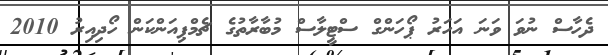
ދެހާސް ނުވަ ވަނަ އަހަރު ޕޯހަންގް ސްޓީލާސް މުބާރާތުގެ ޗެމްޕިއަންކަން ހޯދިއިރު 2010